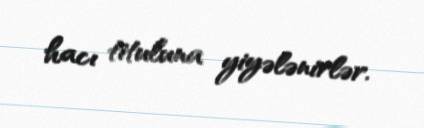
hacı tituluna yiyələnirlər.